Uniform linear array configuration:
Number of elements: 12
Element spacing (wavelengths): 0.25
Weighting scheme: blackman
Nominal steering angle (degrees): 15
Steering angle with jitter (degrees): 14.228
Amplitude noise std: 0.05
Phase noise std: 0.05

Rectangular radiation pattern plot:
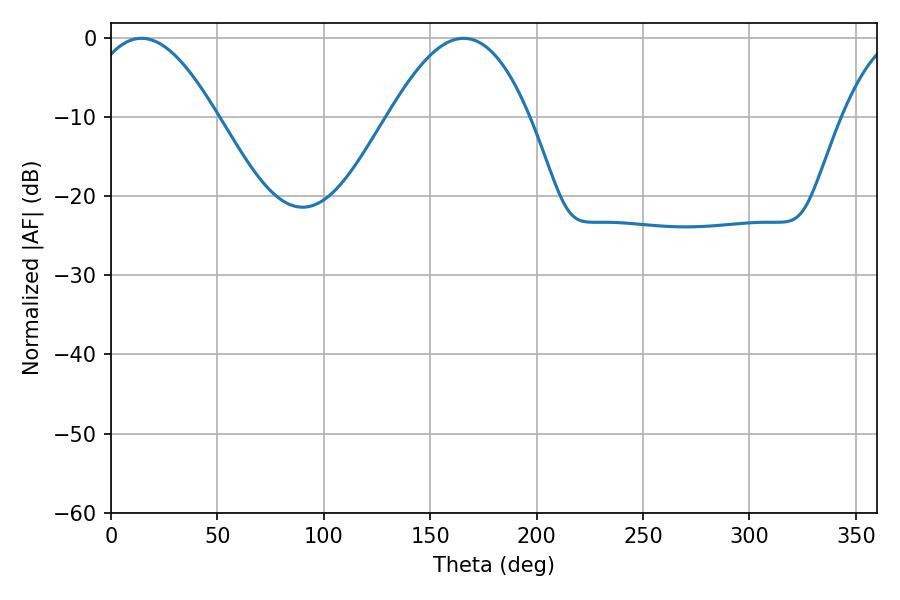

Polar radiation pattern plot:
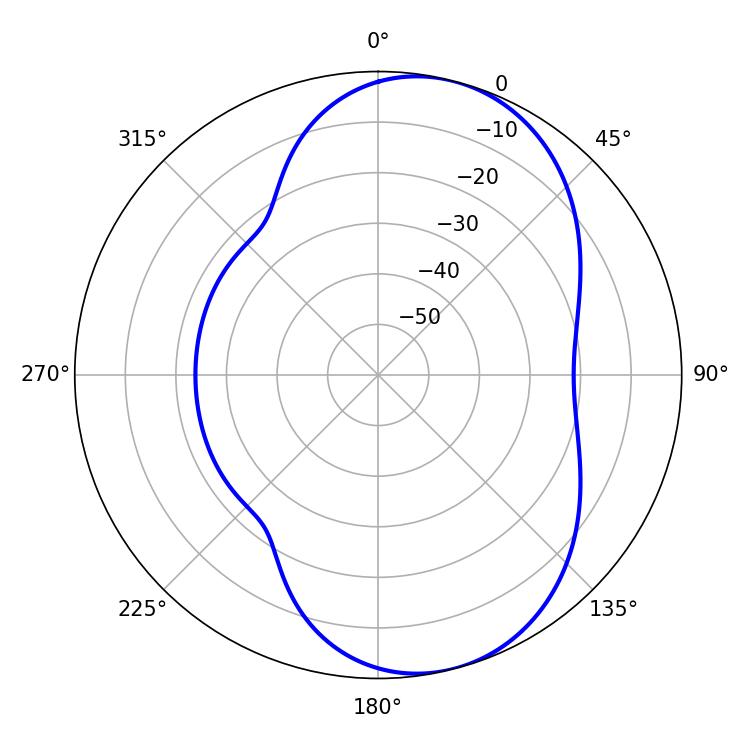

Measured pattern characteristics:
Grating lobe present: FALSE
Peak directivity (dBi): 7.423
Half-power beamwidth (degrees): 32.94
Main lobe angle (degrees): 14.22